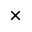
\times